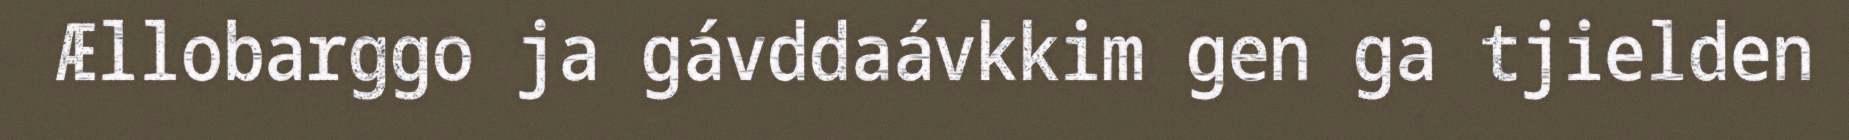
Ællobarggo ja gávddaávkkim gen ga tjielden